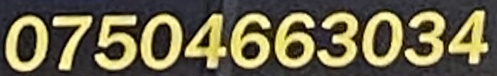
07504663034